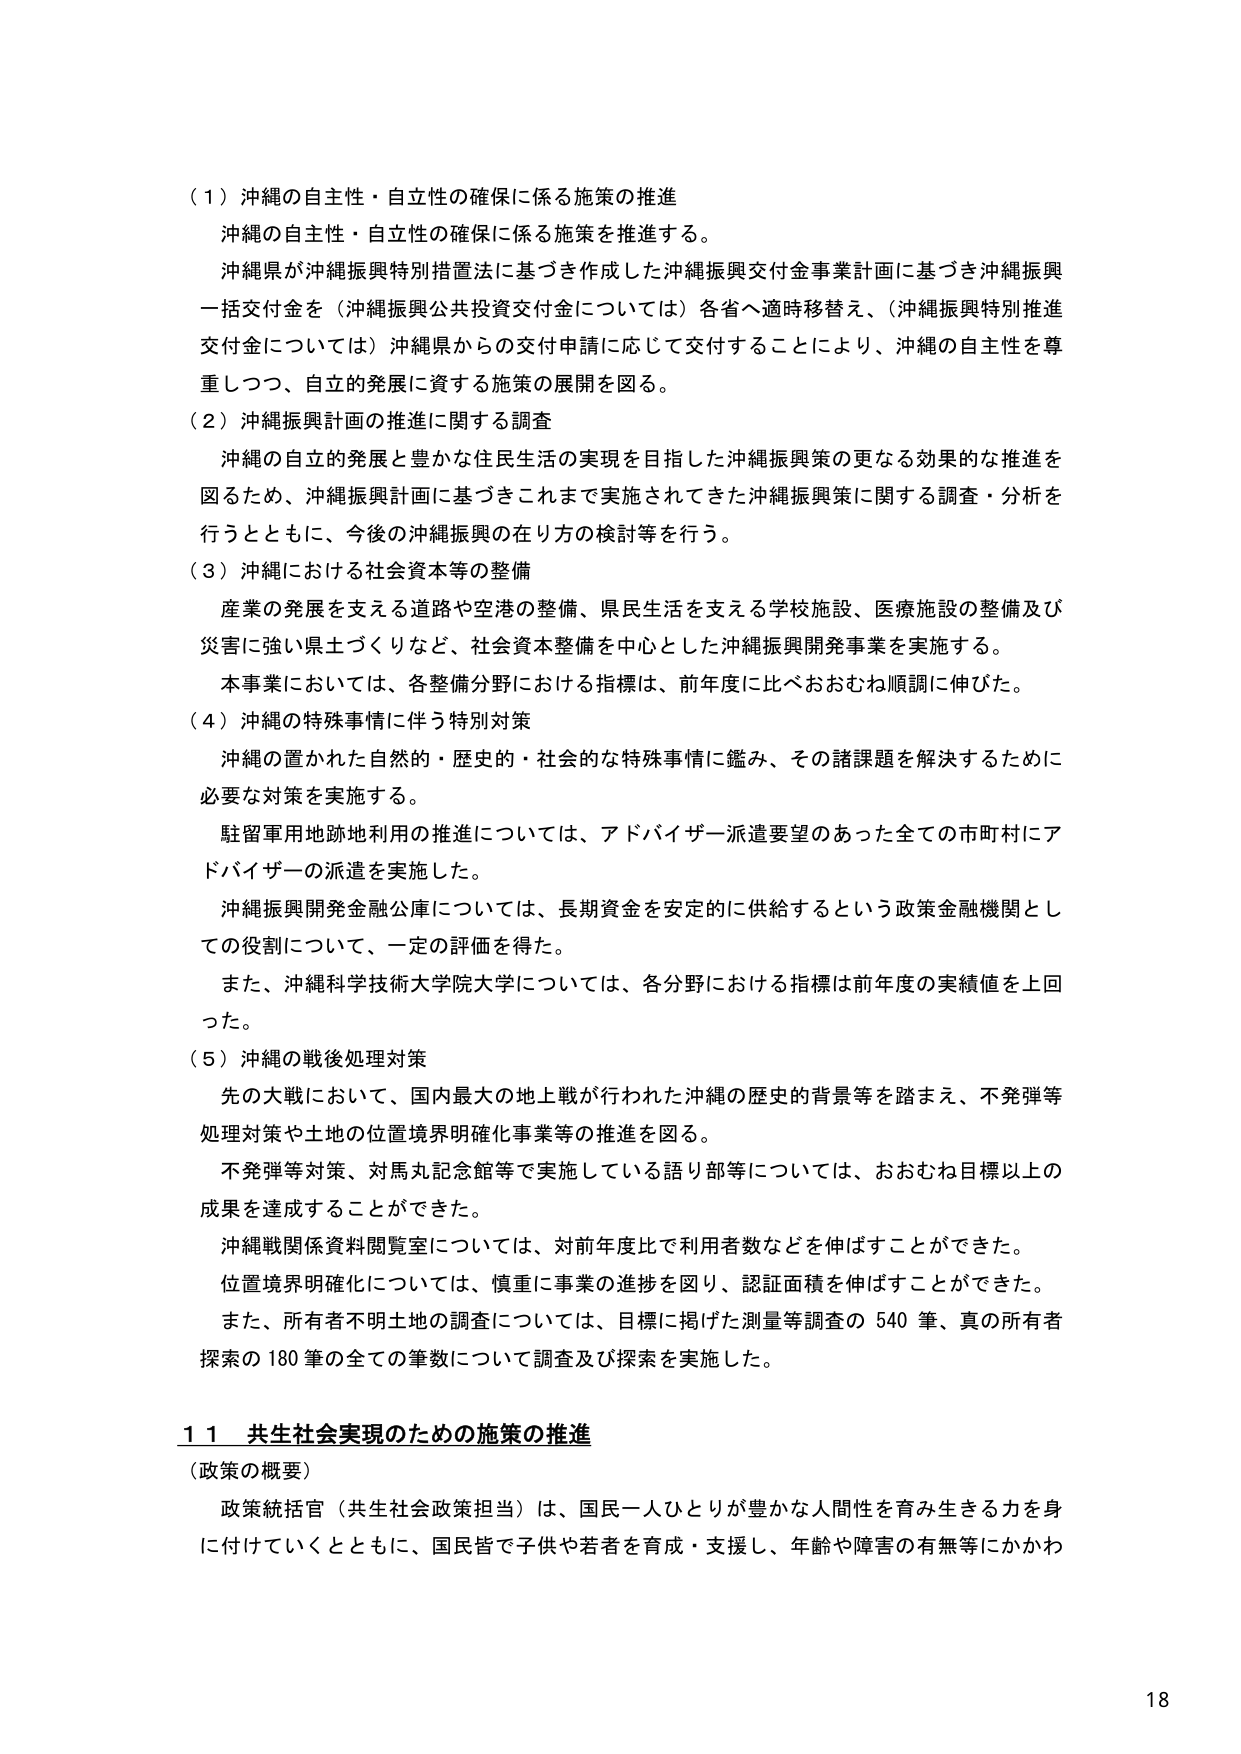
（１）沖縄の自主性・自立性の確保に係る施策の推進
沖縄の自主性・自立性の確保に係る施策を推進する。
沖縄県が沖縄振興特別措置法に基づき作成した沖縄振興交付金事業計画に基づき沖縄振興一括交付金を（沖縄振興公共投資交付金については）各省へ適時移替え、（沖縄振興特別推進交付金については）沖縄県からの交付申請に応じて交付することにより、沖縄の自主性を尊重しつつ、自立的発展に資する施策の展開を図る。

（２）沖縄振興計画の推進に関する調査
沖縄の自立的発展と豊かな住民生活の実現を目指した沖縄振興策の更なる効果的な推進を図るため、沖縄振興計画に基づきこれまで実施されてきた沖縄振興策に関する調査・分析を行うとともに、今後の沖縄振興の在り方の検討等を行う。

（３）沖縄における社会資本等の整備
産業の発展を支える道路や空港の整備、県民生活を支える学校施設、医療施設の整備及び災害に強い県土づくりなど、社会資本整備を中心とした沖縄振興開発事業を実施する。
本事業においては、各整備分野における指標は、前年度に比べおおむね順調に伸びた。

（４）沖縄の特殊事情に伴う特別対策
沖縄の置かれた自然的・歴史的・社会的な特殊事情に鑑み、その諸課題を解決するために必要な対策を実施する。
駐留軍用地跡地利用の推進については、アドバイザー派遣要望のあった全ての市町村にアドバイザーの派遣を実施した。
沖縄振興開発金融公庫については、長期資金を安定的に供給するという政策金融機関としての役割について、一定の評価を得た。
また、沖縄科学技術大学院大学については、各分野における指標は前年度の実績値を上回った。

（５）沖縄の戦後処理対策
先の大戦において、国内最大の地上戦が行われた沖縄の歴史的背景等を踏まえ、不発弾等処理対策や土地の位置境界明確化事業等の推進を図る。
不発弾等対策、対馬丸記念館等で実施している語り部等については、おおむね目標以上の成果を達成することができた。
沖縄戦関係資料閲覧室については、対前年度比で利用者数などを伸ばすことができた。
位置境界明確化については、慎重に事業の進捗を図り、認証面積を伸ばすことができた。
また、所有者不明土地の調査については、目標に掲げた測量等調査の540筆、真の所有者探索の180筆の全ての筆数について調査及び探索を実施した。

１１ 共生社会実現のための施策の推進
（政策の概要）
政策統括官（共生社会政策担当）は、国民一人ひとりが豊かな人間性を育み生きる力を身に付けていくとともに、国民皆で子供や若者を育成・支援し、年齢や障害の有無等にかかわ

18